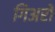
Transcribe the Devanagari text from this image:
गिअरों